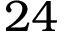
2 4